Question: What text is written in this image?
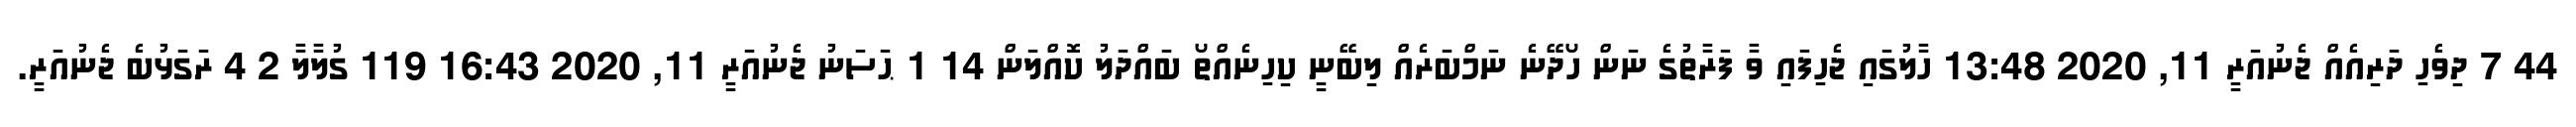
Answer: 44 7 ދިވެހި ދަރިއެއް ޖެނުއަރީ 11, 2020 13:48 ހާލުގައި ޖެހިފައި ވާ ފަރާތުގެ ނަން ހޯދޭނެ ނަމްބަރެއް ލިބޭނީ ކިހިނެއްތޯ ބައްދަލު ކޮއްލަން 14 1 ޙަސަނު ޖެނުއަރީ 11, 2020 16:43 119 ގުލާލާ 2 4 ރަގަޅުބެ ޖެނުއަރީ.